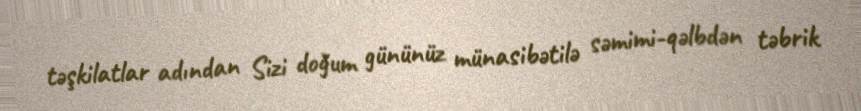
təşkilatlar adından Sizi doğum gününüz münasibətilə səmimi-qəlbdən təbrik